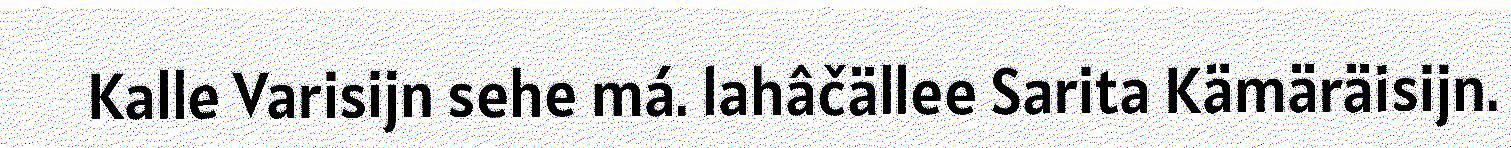
Kalle Varisijn sehe má. lahâčällee Sarita Kämäräisijn.